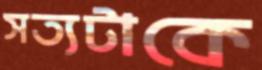
সত্যটাকে